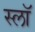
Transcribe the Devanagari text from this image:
स्लॉ